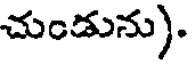
చుండును).